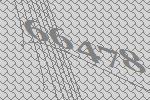
66478